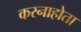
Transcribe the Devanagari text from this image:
करनाहोता